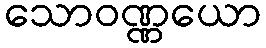
သောဝဏ္ဏယော